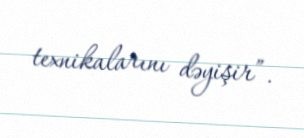
texnikalarını dəyişir”.